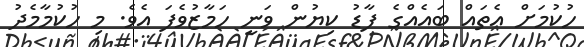
ހުކުމަށް އެތައް ބައެއްގެ ފާޑު ކިޔުން ވަނީ ހަމާޒުވެފަ އެވެ. މި ހުކުމާމެދު